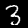
Digit: 3